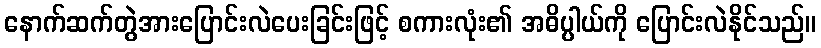
နောက်ဆက်တွဲအားပြောင်းလဲပေးခြင်းဖြင့် စကားလုံး၏ အဓိပ္ပါယ်ကို ပြောင်းလဲနိုင်သည်။